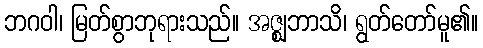
ဘဂဝါ၊ မြတ်စွာဘုရားသည်။ အဇ္ဈဘာသိ၊ ရွတ်တော်မူ၏။